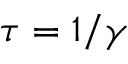
\tau = 1 / \gamma